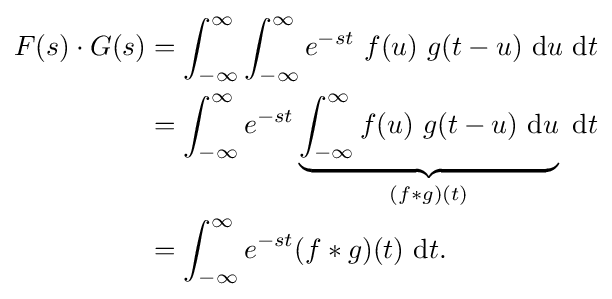
{\begin{aligned}F(s)\cdot G(s)&=\int _{-\infty }^{\infty }\int _{-\infty }^{\infty }e^{-st}\ f(u)\ g(t-u)\ {\text{d}}u\ {\text{d}}t\\&=\int _{-\infty }^{\infty }e^{-st}\underbrace {\int _{-\infty }^{\infty }f(u)\ g(t-u)\ {\text{d}}u} _{(f*g)(t)}\ {\text{d}}t\\&=\int _{-\infty }^{\infty }e^{-st}(f*g)(t)\ {\text{d}}t.\end{aligned}}